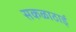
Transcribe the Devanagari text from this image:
सकळाठाई